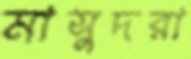
মাসুদরা